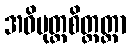
အဝိမုတ္တစိတ္တတ္တာ